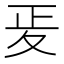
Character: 𭐠